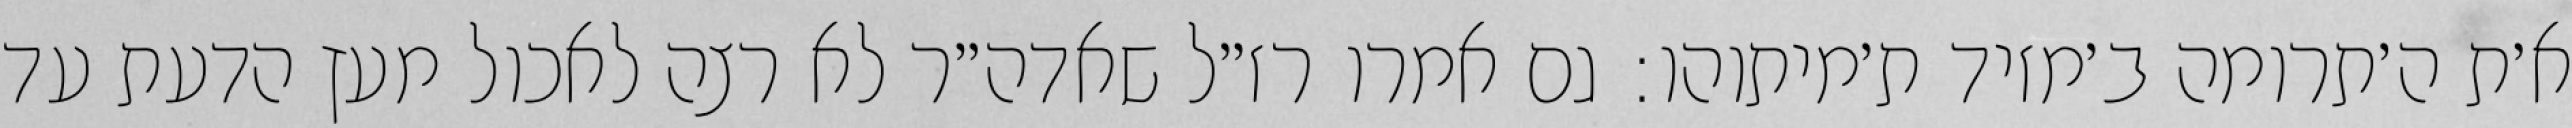
א׳ת ה׳תרומה ב׳מזיד ת׳מיתוהו: גם אמרו רז״ל שאדה״ר לא רצה לאכול מעץ הדעת עד